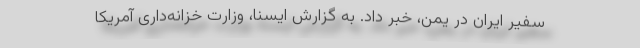
سفیر ایران در یمن، خبر داد. به گزارش ایسنا، وزارت خزانه‌داری آمریکا